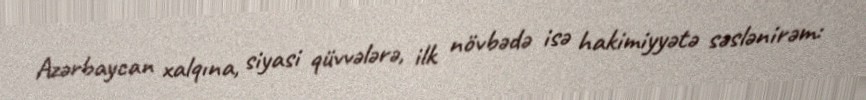
Azərbaycan xalqına, siyasi qüvvələrə, ilk növbədə isə hakimiyyətə səslənirəm: